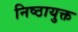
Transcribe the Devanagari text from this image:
निष्ठायुक्त